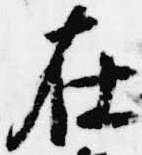
在